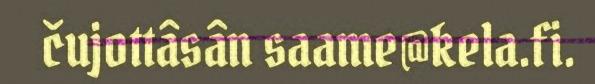
čujottâsân saame@kela.fi.